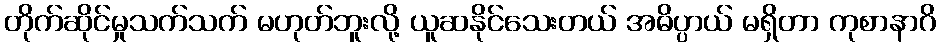
တိုက်ဆိုင်မှုသက်သက် မဟုတ်ဘူးလို့ ယူဆနိုင်သေးတယ် အဓိပ္ပာယ် မရှိတာ ကုစာနာဂိ